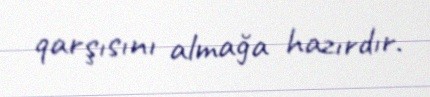
qarşısını almağa hazırdır.